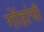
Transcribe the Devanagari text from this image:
गोंडांची